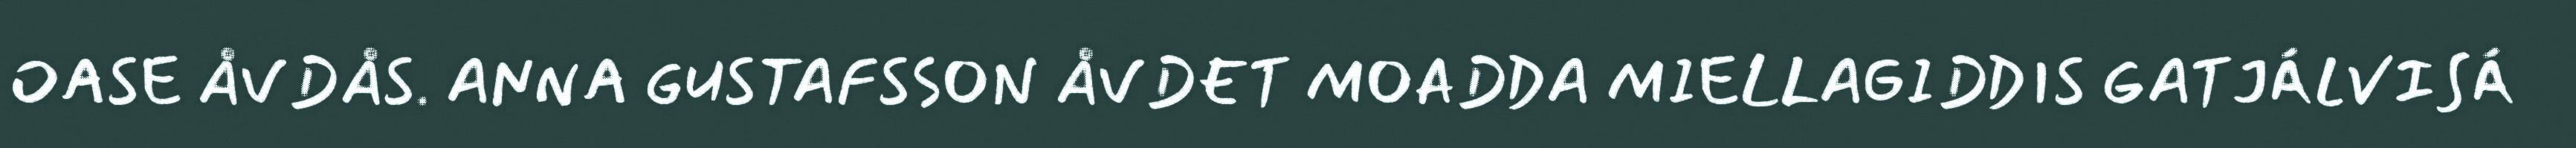
OASE ÅVDÅS. ANNA GUSTAFSSON ÅVDET MOADDA MIELLAGIDDIS GATJÁLVISÁ